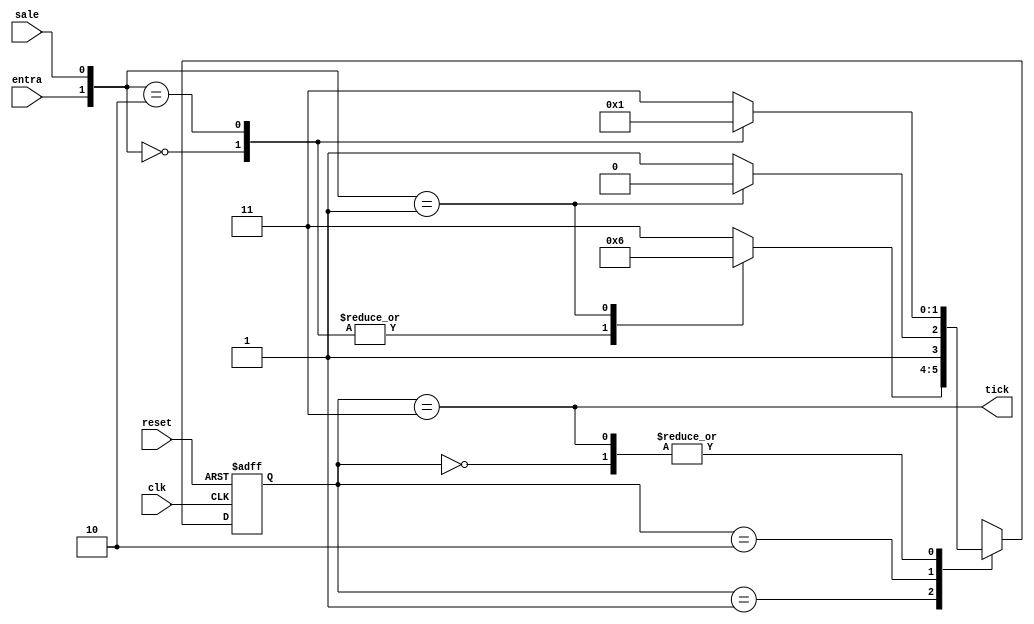
`timescale 1ns / 1ps
//////////////////////////////////////////////////////////////////////////////////
// Company: 
// Engineer: 
// 
// Design Name: 
// Module Name:    fsm_contador 
// Project Name: 
// Target Devices: 
// Tool versions: 
// Description: 
//
// Dependencies: 
//
// Revision: 
// Revision 0.01 - File Created
// Additional Comments: 
//
//////////////////////////////////////////////////////////////////////////////////
module fsm_contador(
	input clk, reset,
   input entra,
   input sale,
   output tick
   );
	
	reg[1:0] reg_state;
	reg[1:0] next_state;
	
	localparam[1:0]
		solo_entra	= 2'b10,
		solo_sale	= 2'b01,
		inactivo		= 2'b00,
		invalido		= 2'b11;
	
	localparam[1:0]
		idle	= 2'b00,
		up		= 2'b01,
		down	= 2'b10,
		count	= 2'b11;
	
	always@ (posedge clk, posedge reset)
		if (reset)
			reg_state = idle;
		else
			reg_state = next_state;
	
	// Logica de estados
	always@*
		case (reg_state)
			idle:
				case ( {entra,sale} )
					inactivo:
						next_state = idle;
					solo_entra:
						next_state = up;
					default:
						next_state = invalido;
				endcase
			up:
				case ( {entra,sale} )
					inactivo:
						next_state = up;
					solo_entra:
						next_state = up;
					solo_sale:
						next_state = down;
					default:
						next_state = invalido;
				endcase
			down:
				case ( {entra,sale} )
					inactivo:
						next_state = count;
					solo_sale:
						next_state = down;
					default:
						next_state = invalido;
				endcase
			count:
				case ( {entra,sale} )
					inactivo:
						next_state = inactivo;
					solo_entra:
						next_state = up;
					default:
						next_state = invalido;
				endcase
		endcase
	
	// Logica de salidas
	assign tick = (reg_state == count);

endmodule